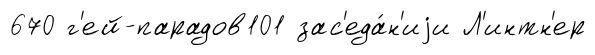
670 г'ей-парадов101 зас'еда́н'иjи Л'интн'ер